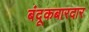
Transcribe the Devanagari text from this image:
बंदूकबारदार